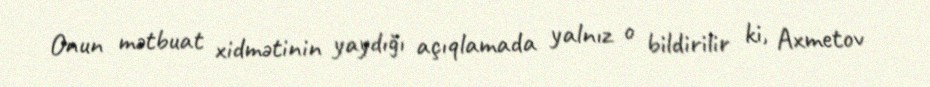
Onun mətbuat xidmətinin yaydığı açıqlamada yalnız o bildirilir ki, Axmetov